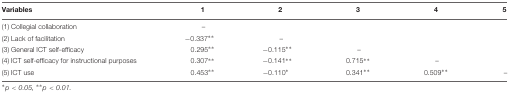
| Variables | 1 | 2 | 3 | 4 | 5 |
 | --- | --- | --- | --- | --- | --- |
 | (1) Collegial collaboration | – |  |  |  |  |
 | (2) Lack of facilitation | -0.337∗∗ | – |  |  |  |
 | (3) General ICT self-efficacy | 0.295∗∗ | -0.115∗∗ | – |  |  |
 | (4) ICT self-efficacy for instructional purposes | 0.307∗∗ | -0.141∗∗ | 0.715∗∗ | – |  |
 | (5) ICT use | 0.453∗∗ | -0.110∗ | 0.341∗∗ | 0.509∗∗ | – |